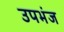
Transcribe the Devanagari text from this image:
उपभंज